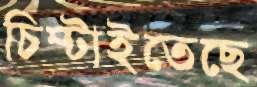
চিম্‌টাইতেছে